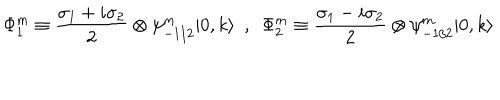
LaTeX: \Phi _ { 1 } ^ { m } \equiv \frac { \sigma _ { 1 } + i \sigma _ { 2 } } { 2 } \otimes \psi _ { - 1 / 2 } ^ { m } | 0 , k \rangle ~ ~ , ~ ~ \Phi _ { 2 } ^ { m } \equiv \frac { \sigma _ { 1 } - i \sigma _ { 2 } } { 2 } \otimes \psi _ { - 1 / 2 } ^ { m } | 0 , k \rangle